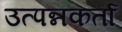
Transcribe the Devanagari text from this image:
उत्पन्नकर्ता